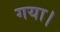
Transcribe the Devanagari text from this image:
गया।